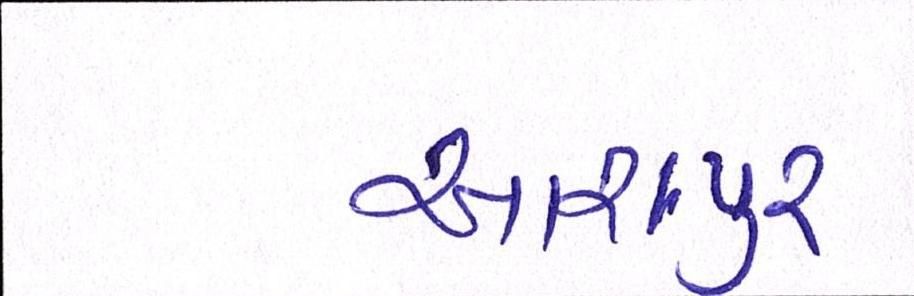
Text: આશપુર